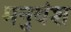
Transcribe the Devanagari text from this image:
मनुवंश